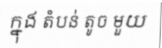
ក្នុង តំបន់ តូច មួយ